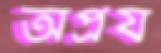
অপ্রয